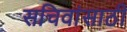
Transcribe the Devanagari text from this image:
सचिवांसाठी